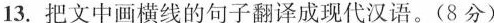
13. 把文中画横线的句子翻译成现代汉语。(8分)